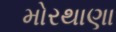
મોરથાણા